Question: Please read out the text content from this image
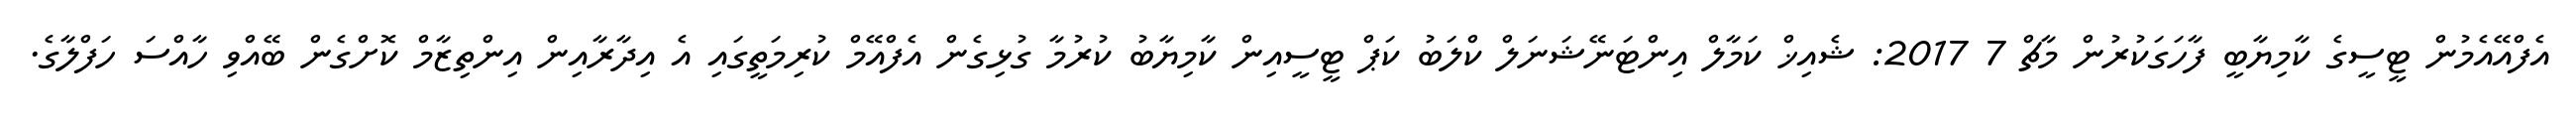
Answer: އެފްއޭއެމުން ޓީސީގެ ކާމިޔާބީ ފާހަގަކުރުން މާޗް 7 2017: ޝެއިޚް ކަމާލް އިންޓަނޭޝަނަލް ކްލަބު ކަޕް ޓީސީއިން ކާމިޔާބު ކުރުމާ ގުޅިގެން އެފްއޭމް ކުރިމަތީގައި އެ އިދާރާއިން އިންތިޒާމް ކޮށްގެން ބޭއްވި ހާއްސަ ހަފްލާގެ.